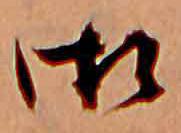
御